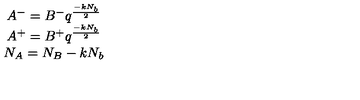
\begin{array} { c } { A ^ { - } = B ^ { - } q ^ { \frac { - k N _ { b } } { 2 } } } \\ { A ^ { + } = B ^ { + } q ^ { \frac { - k N _ { b } } { 2 } } } \\ { N _ { A } = N _ { B } - k N _ { b } } \\ \end{array}